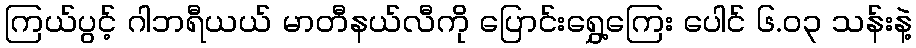
ကြယ်ပွင့် ဂါဘရီယယ် မာတီနယ်လီကို ပြောင်းရွှေ့ကြေး ပေါင် ၆.၀၃ သန်းနဲ့